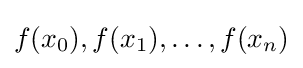
f(x_{0}),f(x_{1}),\ldots ,f(x_{n})